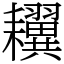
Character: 𦔫